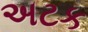
અટક